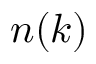
n ( k )